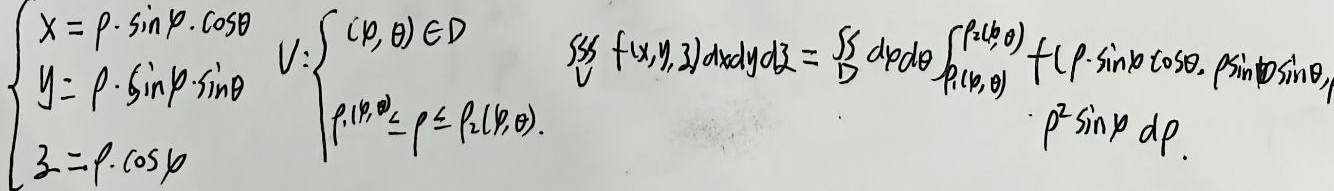
由\(\begin{cases}x = \rho\sin\varphi\cos\theta \\y = \rho\sin\varphi\sin\theta \\z = \rho\cos\varphi\end{cases}\)，区域\(V\)表示为\(\begin{cases}(\rho,\theta)\in D \\\rho_1(\varphi,\theta)\leq \rho \leq \rho_2(\varphi,\theta)\end{cases}\)。

\[
\iiint\limits_{V} f(x,y,z)dxdydz=\iint\limits_{D} d\varphi d\theta \int_{\rho_1(\varphi,\theta)}^{\rho_2(\varphi,\theta)} f(\rho\sin\varphi\cos\theta,\rho\sin\varphi\sin\theta,\rho\cos\varphi)\rho^{2}\sin\varphi\ d\rho
\]